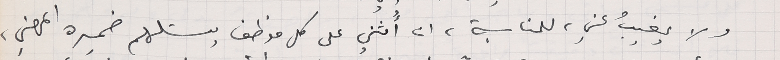
ولا يغيبُ عني، للمناسبة، ان أَثني على كل موظف يستلهم ضميره المهني،